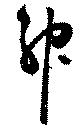
神